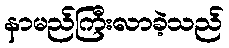
နာမည်ကြီးလာခဲ့သည်